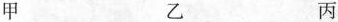
甲 乙 丙